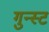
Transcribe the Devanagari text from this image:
गुन्स्ट